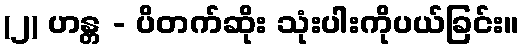
(၂) ဟန္တ - ပိတက်ဆိုး သုံးပါးကိုပယ်ခြင်း။